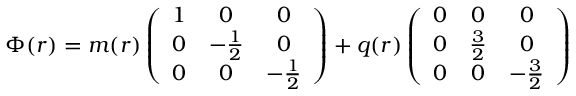
\Phi ( r ) = m ( r ) \left( \begin{array} { c c c } { { 1 } } & { { 0 } } & { { 0 } } \\ { { 0 } } & { { - \frac { 1 } { 2 } } } & { { 0 } } \\ { { 0 } } & { { 0 } } & { { - \frac { 1 } { 2 } } } \end{array} \right) + q ( r ) \left( \begin{array} { c c c } { { 0 } } & { { 0 } } & { { 0 } } \\ { { 0 } } & { { \frac { 3 } { 2 } } } & { { 0 } } \\ { { 0 } } & { { 0 } } & { { - \frac { 3 } { 2 } } } \end{array} \right)